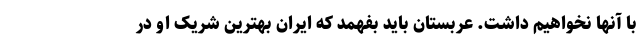
با آنها نخواهیم داشت. عربستان باید بفهمد که ایران بهترین شریک او در